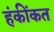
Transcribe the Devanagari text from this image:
हंकींकत